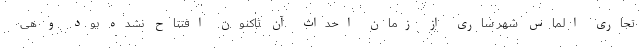
تجاری الماس شهر ساری از زمان احداث آن تاکنون افتتاح نشده بود و هی